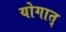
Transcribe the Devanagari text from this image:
योगात्